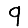
Digit: 9